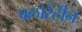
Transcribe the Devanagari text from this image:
फ्लोरेंटीन